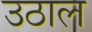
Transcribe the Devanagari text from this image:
उठाल